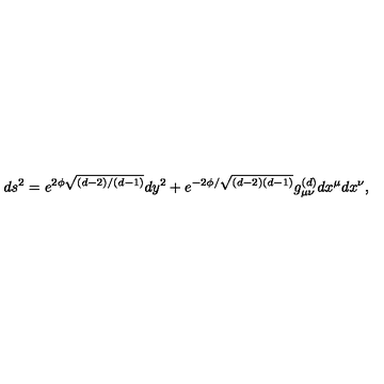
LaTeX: d s ^ { 2 } = e ^ { 2 \phi \sqrt { ( d - 2 ) / ( d - 1 ) } } d y ^ { 2 } + e ^ { - 2 \phi / \sqrt { ( d - 2 ) ( d - 1 ) } } g _ { \mu \nu } ^ { ( d ) } d x ^ { \mu } d x ^ { \nu } ,